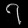
Digit: ၇